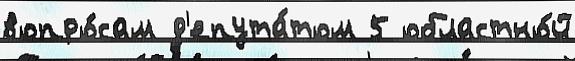
вопро́сам д'епута́том 5 областно́й